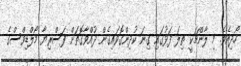
ހޯދިއެވެ. މި ލާންޗަކީ ތިލަ ފަޅުގައި ގިނަ ކުދިންގޮވައިގެން ދުއްވާގޮތަށް ފަސްރިޔާ މޯލްޑިވްސްގެ